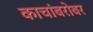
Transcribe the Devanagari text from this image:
काचांबरोबर